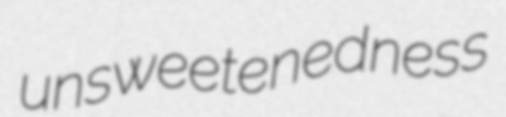
unsweetenedness